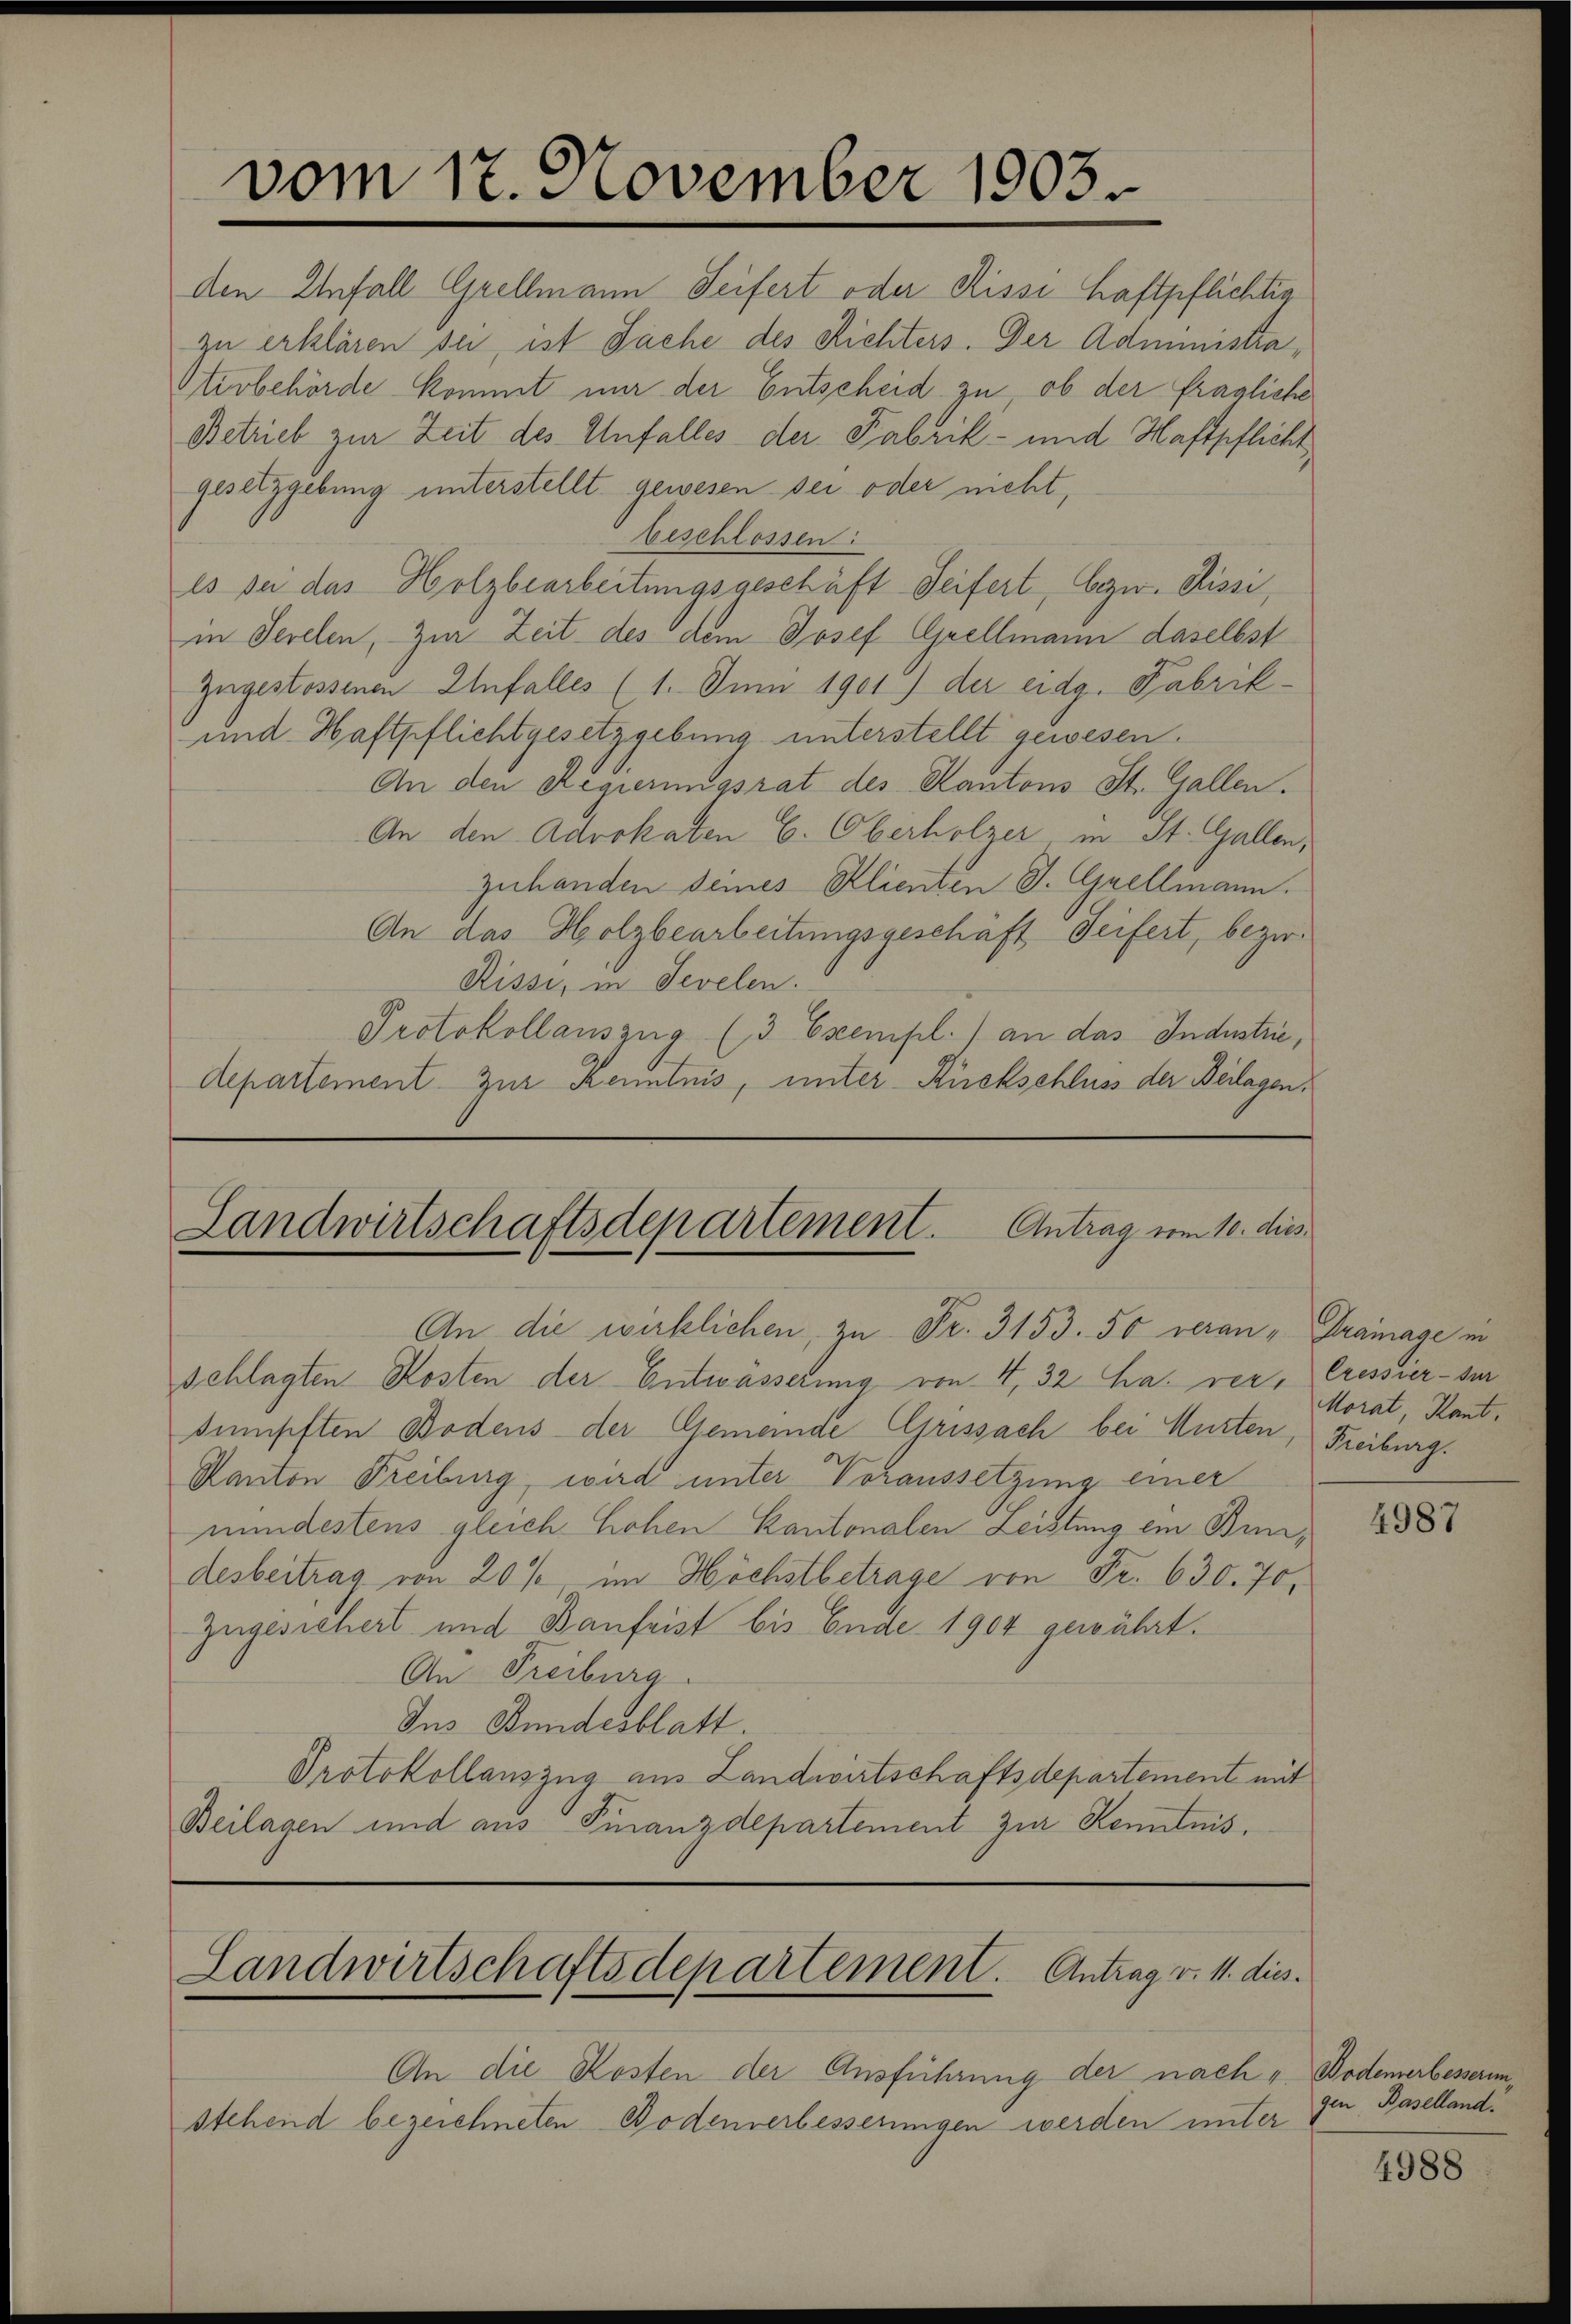
gesetzgebung unterstellt gewesen sei oder nicht,
und Haftpflichtgesetzgebung unterstellt gewesen.
An den Regierungsrat des Kantons St. Gallen.
An den Advokaten C. Oberholzer in St. Gallen,
zuhanden deines Klienten J. Grellmann.
An das Holzbearbeitungsgeschäft Seifert, bezir
Kissi, in Sevelen.
Protokollauszug (3 Exempl. / an das Industrie,
Aepartement zur Kenntnis, unter Rückschluss der Beilagen,

vom 17. November 1903.

Landwirtschaftsdepartement. Antrag vom 10. dies
An die wirklichen, zu Fr. 3153. 50 veran - Trainage in

schlagten Kosten der Entwässerung von 4, 32 ha. ver, Cressier- der
dumpften Bodens der Gemeinde Grissach bei Murten, Freiburg.
Kanton Freiburg, wird unter Voraussetzung einer
mindestens gleich hohen Kantonalen Leistung ein Bundesbeitrag von 20% im Höchstbetrage von Fr. 630. 70,
Zugesichert und Baufrist bis Ende 1904 gewährt.
An Freiburg.
Ins Bundesblatt.
Protokollauszug aus Landwirtschaftsdepartement mit
Beilagen und aus Finanzdepartement zur Kenntnis.

den Unfall Grellmann Seifert oder Kissi haftpflichtig
zu erklären sei, ist Sache des Richters. Der Administra¬
Etivbehörde kommt nur der Entscheid zu, ob der fragliche
Betrieb zur Zeit des Unfalles der Fabrik- und Haftpflicht
beschlossen:
es sei das Holzbearbeitungsgeschäft Seifert, bezw. Kissi,
in Serelen, zur Zeit des dem Josef Grellmann daselbst
zugestossenen Unfall(...)(1. Juni 1901) der eidg. Fabrik¬

Landwirtschaftsdepartement. Antrag v. 11. dies

An die Kosten der Ausführung der nach „ Bodemerbesserun¬
Stehend bezeichneten Bodenerbesserungen werden unter

Morat, Kant.

4987

gen, Baselland!

4988